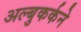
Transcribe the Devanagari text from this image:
अल्बुकर्कने